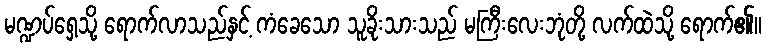
မဏ္ဍပ်ရှေ့သို့ ရောက်လာသည်နှင့် ကံခေသော သူခိုးသားသည် မကြီးလေးဘုံတို့ လက်ထဲသို့ ရောက်၏။